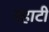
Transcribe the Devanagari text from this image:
रहाटी